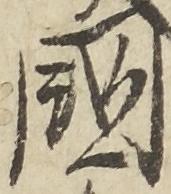
国